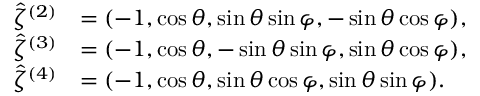
\begin{array} { r l } { \hat { \zeta } ^ { ( 2 ) } } & { = ( - 1 , \cos \theta , \sin \theta \sin \varphi , - \sin \theta \cos \varphi ) , } \\ { \hat { \zeta } ^ { ( 3 ) } } & { = ( - 1 , \cos \theta , - \sin \theta \sin \varphi , \sin \theta \cos \varphi ) , } \\ { \hat { \zeta } ^ { ( 4 ) } } & { = ( - 1 , \cos \theta , \sin \theta \cos \varphi , \sin \theta \sin \varphi ) . } \end{array}